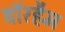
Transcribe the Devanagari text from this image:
वॉरहैम